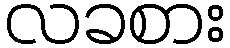
လခစား